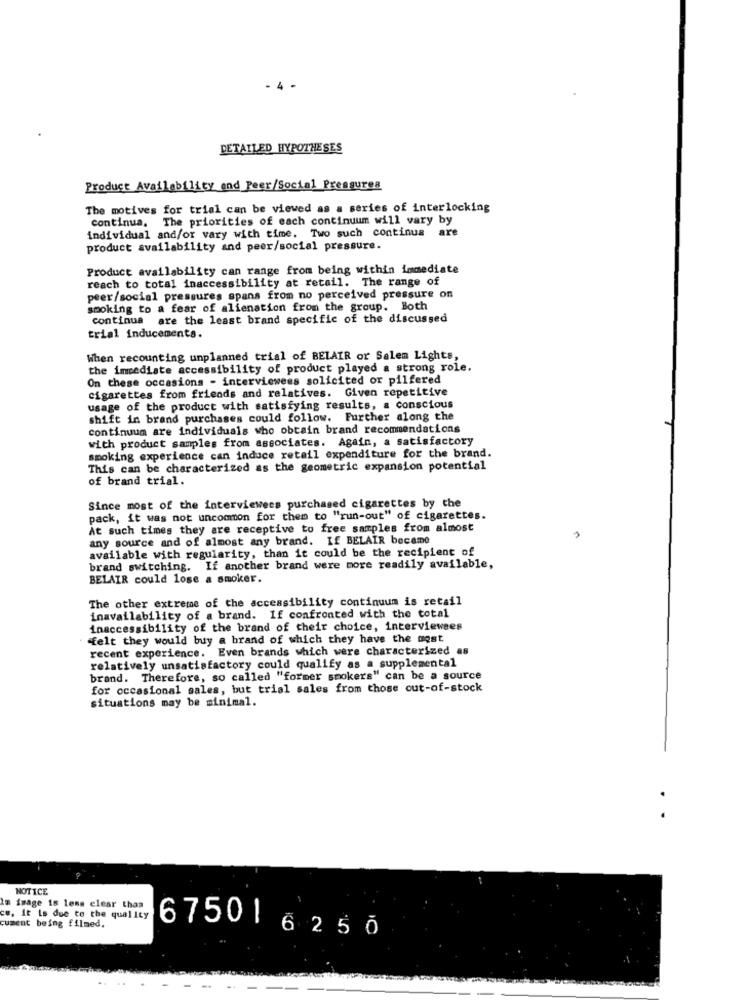
- 4 -
DETAILED HYPOTHESES
Product Availability and Peer/Social Pressurea
The motives for trial can be viewed as a series of interlocking
continua. The priorities of each continuum will vary by
individual and/or vary with time. Two such continua are
product availability and peer/social pressure.
Product availability can range from being within immediate
reach to total inaccessibility at retail. The range of
peer/social pressures spans from no perceived pressure on
smoking to a fear of alienation from the group. Both
continua are the least brand specific of the discussed
trial inducements.
When recounting unplanned trial of BELAIR or Salem Lights,
the immediate accessibility of product played a strong role.
On these occasions - interviewees solicited or pilfered
cigarettes from friends and relatives. Given repetitive
usage of the product with satisfying results, a conscious
shift in brand purchases could follow. Further along the
continuum are individuals who obtain brand recommendations
with product samples from associates. Again, a satisfactory
smoking experience can induce retail expenditure for the brand.
This can be characterized as the geometric expansion potential
of brand trial.
Since most of the interviewees purchased cigarettes by the
pack, it was not uncommon for them to "run-out" of cigarettes.
At such times they are receptive to free samples from almost
any source and of almost any brand. If BELAIR became
available with regularity, than it could be the recipient of
brand switching. If another brand were more readily available,
BELAIR could lose a smoker.
The other extreme of the accessibility continuum is retail
inavailability of a brand. If confronted with the total
inaccessibility of the brand of their choice, interviewees
felt they would buy a brand of which they have the most
recent experience. Even brands which were characterized as
relatively unsatisfactory could qualify as a supplemental
brand. Therefore, so called "former smokers" can be a source
for occasional sales, but trial sales from those out-of-stock
situations may be minimal.
NOTICE
Im image is less clear than
cw. it is due to the quality
cument being filmed.
6750 6250